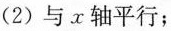
(2)与x轴平行；